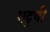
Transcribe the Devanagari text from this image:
भट्टची